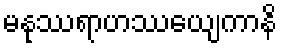
မနုဿရာဟဿေယျကာနိ